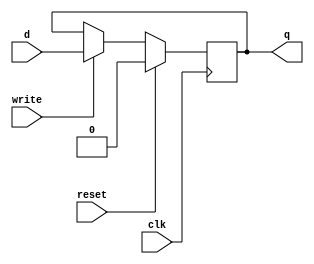
module D_FF(input clk, input reset, input write, input d, output reg q);
  always @(negedge clk)
  if(reset) q=0;
  else
    if(write) q=d;
endmodule